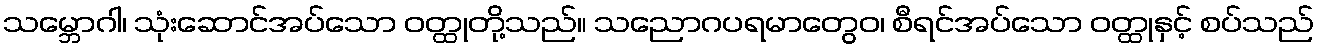
သမ္ဘောဂါ၊ သုံးဆောင်အပ်သော ဝတ္ထုတို့သည်။ သညောဂပရမာတွေဝ၊ စီရင်အပ်သော ဝတ္ထုနှင့် စပ်သည်